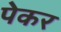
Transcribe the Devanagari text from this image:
पेकर